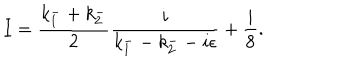
LaTeX: I = \frac { k _ { 1 } ^ { - } + k _ { 2 } ^ { - } } { 2 } \frac { i } { k _ { 1 } ^ { - } - k _ { 2 } ^ { - } - i \epsilon } + \frac { i } { 8 } .